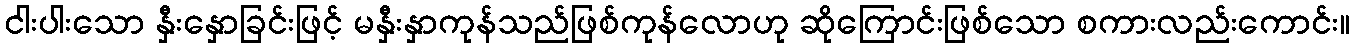
ငါးပါးသော နှီးနှောခြင်းဖြင့် မနှီးနှာကုန်သည်ဖြစ်ကုန်လောဟု ဆိုကြောင်းဖြစ်သော စကားလည်းကောင်း။